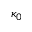
\kappa _ { 0 }